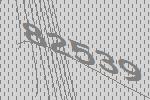
82539